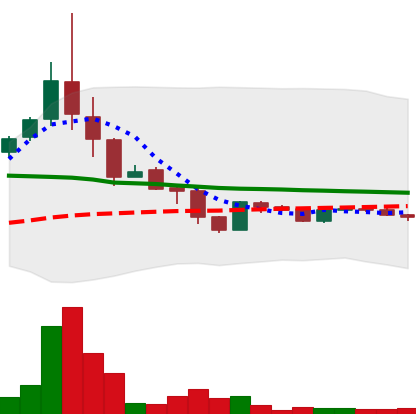
Ticker: LTC-USD
Chart end date: 2015-11-20
Forward return: 7.346%
Label: up_7plus